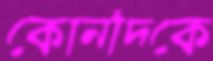
কোনদিকে